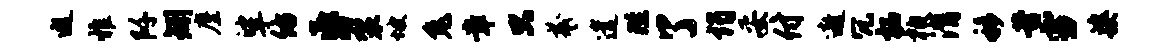
遐雅阡矧麈挲佑昏袈坡兔章只羲遣陛了谒妥付遨冗柘柏潸移昔雪婆